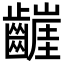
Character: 𮯒